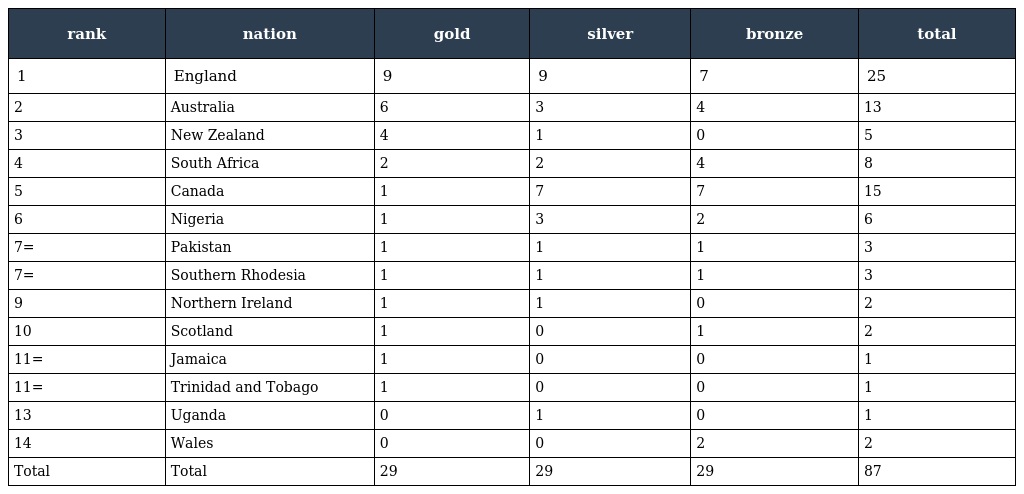
| rank | nation | gold | silver | bronze | total |
 | --- | --- | --- | --- | --- | --- |
 | 1 | England | 9 | 9 | 7 | 25 |
 | 2 | Australia | 6 | 3 | 4 | 13 |
 | 3 | New Zealand | 4 | 1 | 0 | 5 |
 | 4 | South Africa | 2 | 2 | 4 | 8 |
 | 5 | Canada | 1 | 7 | 7 | 15 |
 | 6 | Nigeria | 1 | 3 | 2 | 6 |
 | 7= | Pakistan | 1 | 1 | 1 | 3 |
 | 7= | Southern Rhodesia | 1 | 1 | 1 | 3 |
 | 9 | Northern Ireland | 1 | 1 | 0 | 2 |
 | 10 | Scotland | 1 | 0 | 1 | 2 |
 | 11= | Jamaica | 1 | 0 | 0 | 1 |
 | 11= | Trinidad and Tobago | 1 | 0 | 0 | 1 |
 | 13 | Uganda | 0 | 1 | 0 | 1 |
 | 14 | Wales | 0 | 0 | 2 | 2 |
 | Total | Total | 29 | 29 | 29 | 87 |